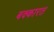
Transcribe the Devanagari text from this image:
बक्कारत